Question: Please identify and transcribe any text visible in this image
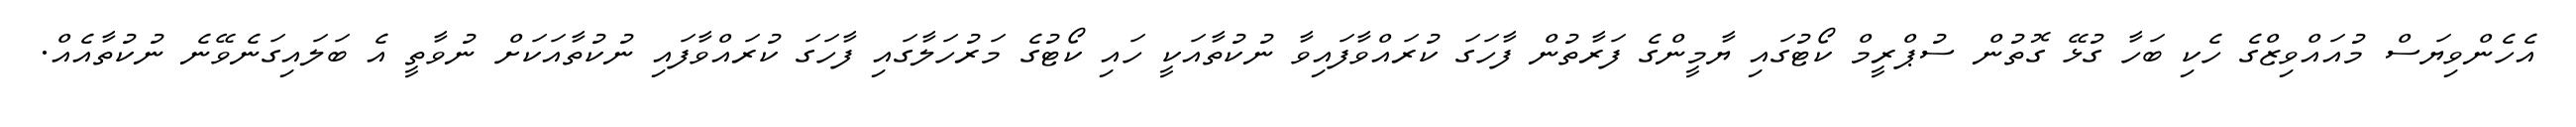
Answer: އެހެންވިޔަސް މުއައްވިޒްގެ ހެކި ބަހާ ގުޅޭ ގޮތުން ސުޕްރީމް ކޯޓުގައި ޔާމީންގެ ފަރާތުން ފާހަގަ ކުރައްވާފައިވާ ނުކުތާއަކީ ހައި ކޯޓުގެ މަރުހަލާގައި ފާހަގަ ކުރައްވާފައި ނުކުތާއަކަށް ނުވާތީ އެ ބަލައިގަނެވޭނެ ނުކުތާއެއް.